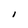
Character: I